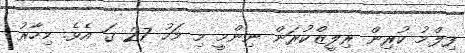
ފިލްމު ކުރިން ރިލީޒްކުރަން ނިންމީ މި މަހު 27 ގަ އެވެ. މިހާރު